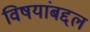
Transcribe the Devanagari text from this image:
विषयांबद्दल